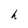
Character: h